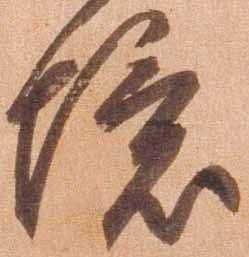
境